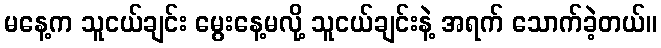
မနေ့က သူငယ်ချင်း မွေးနေ့မလို့ သူငယ်ချင်းနဲ့ အရက် သောက်ခဲ့တယ်။